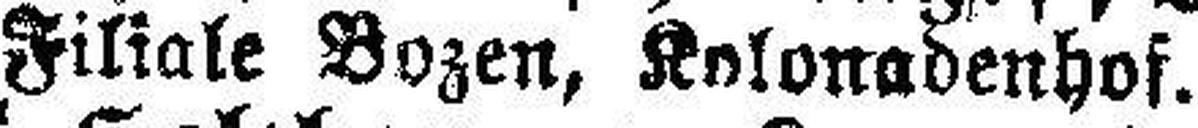
Filiale Bozen, Kolonadenhof.